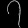
Digit: ၇